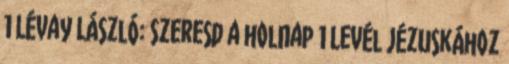
1 Lévay László: Szeresd a holnap 1 Levél Jézuskához